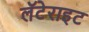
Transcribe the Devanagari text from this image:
लॅटेराइट